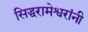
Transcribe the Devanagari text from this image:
सिद्धरामेश्वरांनी